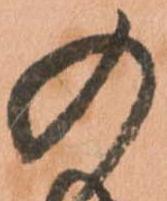
の